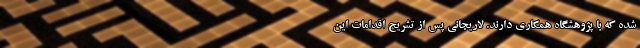
شده که با پژوهشگاه همکاری دارند. لاریجانی پس از تشریح اقدامات این